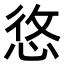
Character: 𢚐